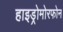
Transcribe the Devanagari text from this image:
हाइड्रोमोरफोन